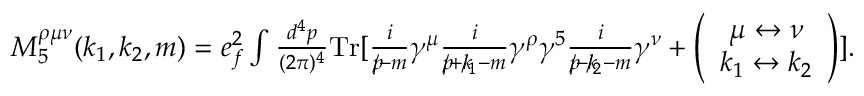
\begin{array} { r } { M _ { 5 } ^ { \rho \mu \nu } ( k _ { 1 } , k _ { 2 } , m ) = e _ { f } ^ { 2 } \int \frac { d ^ { 4 } p } { ( 2 \pi ) ^ { 4 } } \mathrm { { T r } } [ \frac { i } { p \! \! \! / - m } \gamma ^ { \mu } \frac { i } { p \! \! \! / + k \! \! \! / _ { 1 } - m } \gamma ^ { \rho } \gamma ^ { 5 } \frac { i } { p \! \! \! / - k \! \! \! / _ { 2 } - m } \gamma ^ { \nu } + \left( \begin{array} { c } { \mu \leftrightarrow \nu } \\ { k _ { 1 } \leftrightarrow k _ { 2 } } \end{array} \right) ] . } \end{array}